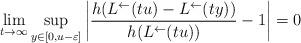
LaTeX: \begin{align*}\lim_{t\to\infty}\sup_{y\in [0,u-\varepsilon]}\left|\frac{h(L^{\leftarrow}(tu)-L^{\leftarrow}(ty))}{h(L^{\leftarrow}(tu))}-1\right|=0\end{align*}